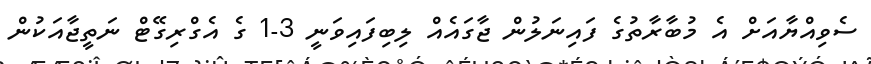
ސެވިއްޔާއަށް އެ މުބާރާތުގެ ފައިނަލުން ޖާގައެއް ލިބިފައިވަނީ 3-1 ގެ އެގްރިގޭޓް ނަތީޖާއަކުން